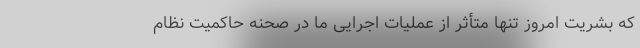
که بشریت امروز تنها متأثر از عملیات اجرایی ما در صحنه حاکمیت نظام